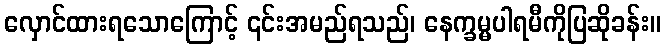
လှောင်ထားရသောကြောင့် ၎င်းအမည်ရသည်၊ နေက္ခမ္မပါရမီကိုပြဆိုခန်း။